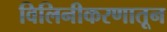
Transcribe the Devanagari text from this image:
विलिनीकरणातून